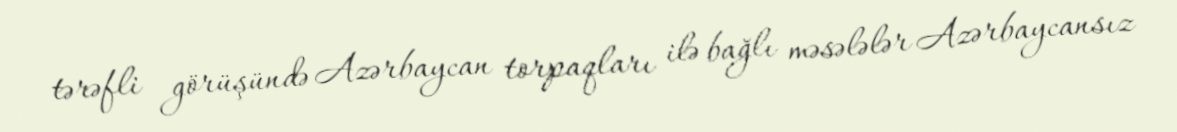
tərəfli görüşündə Azərbaycan torpaqları ilə bağlı məsələlər Azərbaycansız